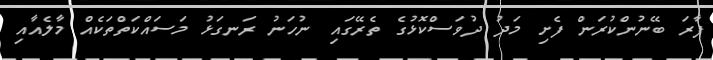
ފާރަ ބޭނުންކުރަން ފެށި މަދު ދުވަސްކޮޅުގެ ތެރޭގައި ނުހަނު ރަނގަޅު މަސައްކަތްތަކެއް މާލެއާއި